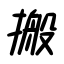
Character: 搬